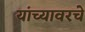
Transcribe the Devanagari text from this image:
यांच्यावरचे